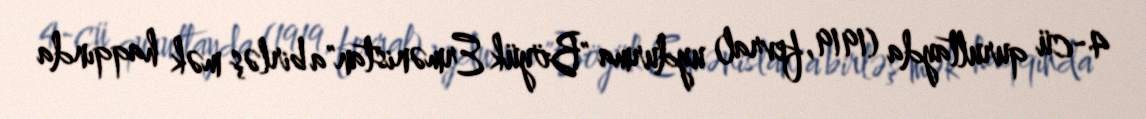
4-cü qurultayda (1919, fevral) uydurma "Böyük Ermənistan"a birləş mək haqqında